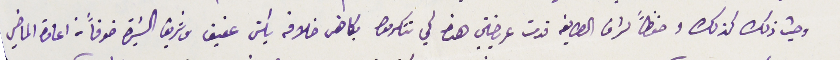
وحيث ذلك كذلك وحفظاً لشرف الطايفة قدمت عريضتي هذه كي تتكرموا بكاهن خلافه يكن عفيف وشريف السَيرة خوفاً من اعادة الماضي